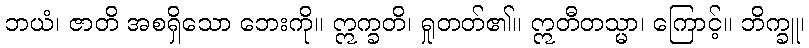
ဘယံ၊ ဇာတိ အစရှိသော ဘေးကို။ ဣက္ခတိ၊ ရှုတတ်၏။ ဣတီတသ္မာ၊ ကြောင့်။ ဘိက္ခူ၊